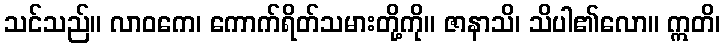
သင်သည်။ လာဝကေ၊ ကောက်ရိတ်သမားတို့ကို။ ဇာနာသိ၊ သိပါ၏လော။ ဣတိ၊